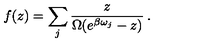
f ( z ) = \sum _ { j } \frac { z } { \Omega ( e ^ { \beta \omega _ { j } } - z ) } \: . \nonumber